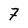
Character: 7